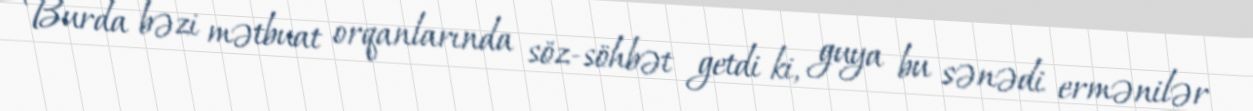
Burda bəzi mətbuat orqanlarında söz-söhbət getdi ki, guya bu sənədi ermənilər